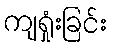
ကျရှုံးခြင်း